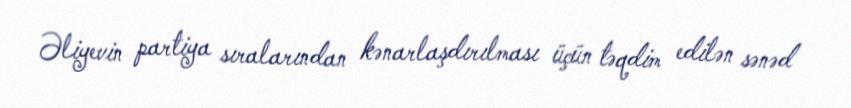
Əliyevin partiya sıralarından kənarlaşdırılması üçün təqdim edilən sənəd